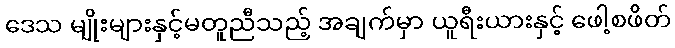
ဒေသ မျိုးများနှင့်မတူညီသည့် အချက်မှာ ယူရီးယားနှင့် ဖေါ့စဖိတ်